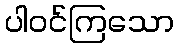
ပါဝင်ကြသော